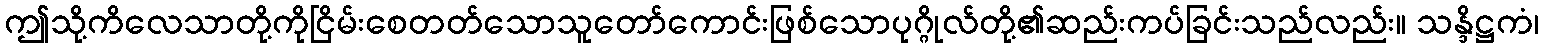
ဤသို့ကိလေသာတို့ကိုငြိမ်းစေတတ်သောသူတော်ကောင်းဖြစ်သောပုဂ္ဂိုလ်တို့၏ဆည်းကပ်ခြင်းသည်လည်း။ သန္ဒိဋ္ဌကံ၊